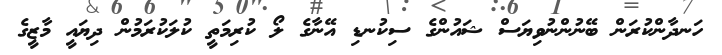
ހަނދާންކުރަން ބޭނުންނުވިޔަސް ޝައުންގެ ސިކުނޑި އޭނާގެ ލޯ ކުރިމަތީ ކުލަކުރަމުން ދިޔައީ މާޒީގެ